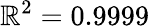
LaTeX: \mathbb{R}^{2}=0.9999